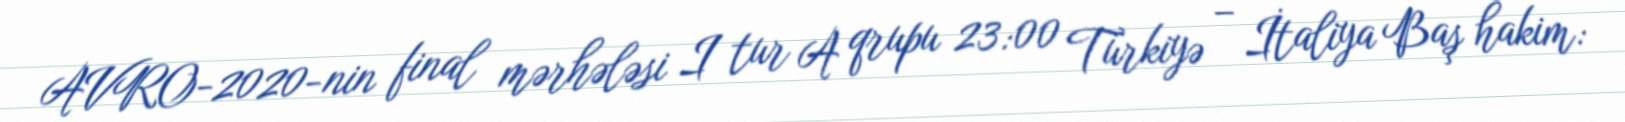
AVRO-2020-nin final mərhələsi I tur A qrupu 23:00 Türkiyə – İtaliya Baş hakim: